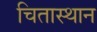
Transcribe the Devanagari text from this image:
चितास्थान